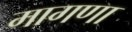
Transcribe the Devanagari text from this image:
मागणा